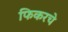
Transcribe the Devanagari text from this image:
फिकरचे